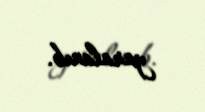
yaralanıb.